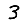
Digit: 3